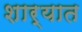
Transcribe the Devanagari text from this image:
शार्यात